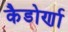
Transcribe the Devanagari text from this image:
कैडोर्णा